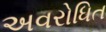
અવરોધિત